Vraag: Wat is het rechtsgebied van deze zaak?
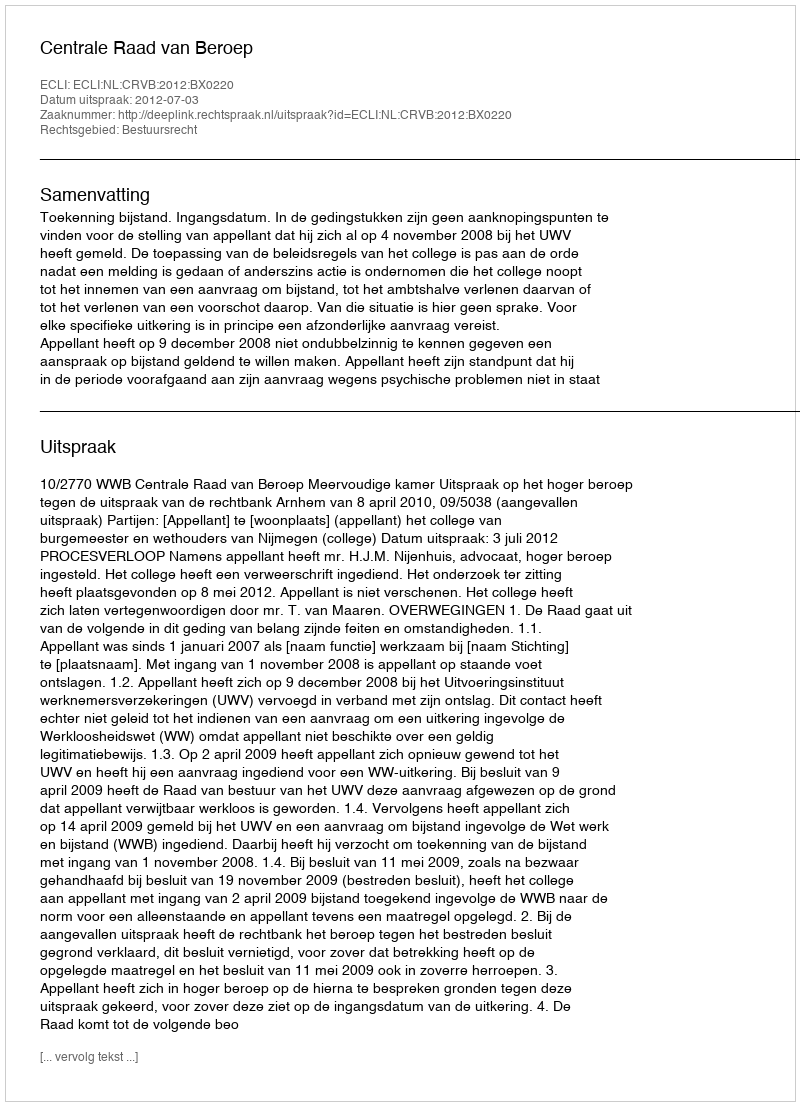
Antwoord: Bestuursrecht